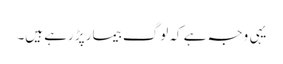
یہی وجہ ہے کہ لوگ بیمار پڑ رہے ہیں۔